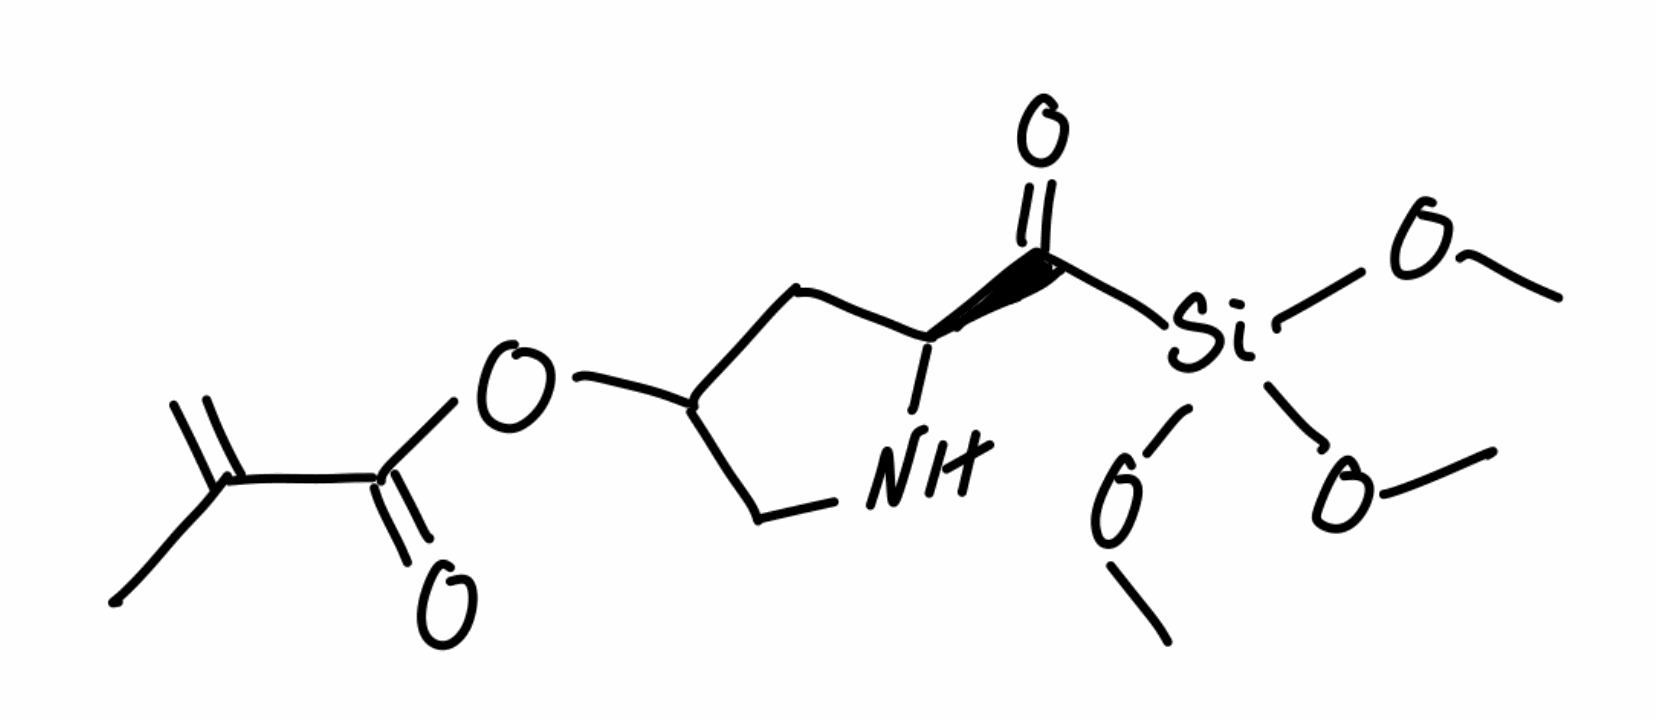
Simplified molecular-input line-entry system (SMILES) notation of the given molecule:
CC(=C)C(=O)OC1C[C@H](NC1)C(=O)[Si](OC)(OC)OC